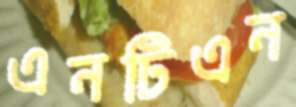
এনটিএন